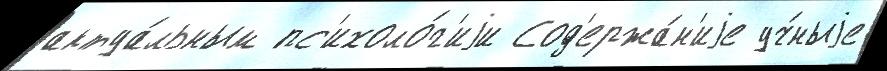
актуа́льным пс'ихоло́г'иjи Сод'ержа́н'иjе уч́ныjе